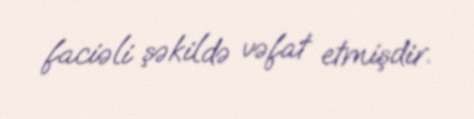
faciəli şəkildə vəfat etmişdir.